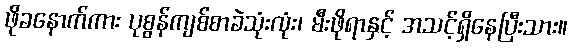
ဖိုခနောက်ကား ပုစွန်ကျစ်စာခဲသုံးလုံး၊ မီးဖိုရာနှင့် အသင့်ရှိနေပြီးသား။